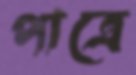
পাত্রে